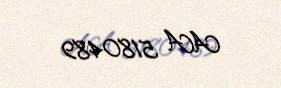
AA 5180489